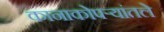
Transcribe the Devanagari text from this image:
कानाकोपर्‍यांतले